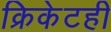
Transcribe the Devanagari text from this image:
क्रिकेटही